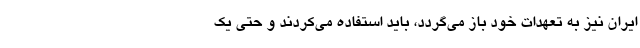
ایران نیز به تعهدات خود باز می‌گردد، باید استفاده می‌کردند و حتی یک